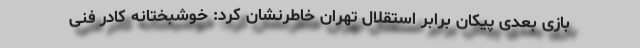
بازی بعدی پیکان برابر استقلال تهران خاطرنشان کرد: خوشبختانه کادر فنی